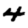
Digit: 4